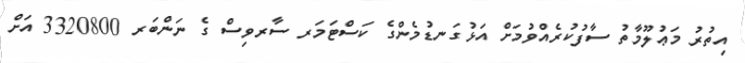
އިތުރު މަޢުލޫމާތު ސާފުކުރެއްވުމަށް އަޅުގަނޑުމެންގެ ކަސްޓަމަރ ސާރވިސް ގެ ނަންބަރ 3320800 އަށް